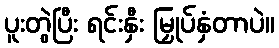
ပူးတွဲပြီး ရင်းနှီး မြှုပ်နှံတာပဲ။